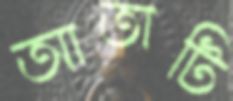
আতাটি